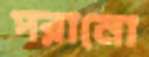
পরানো